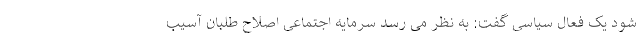
شود یک فعال سیاسی گفت: به نظر می رسد سرمایه اجتماعی اصلاح طلبان آسیب